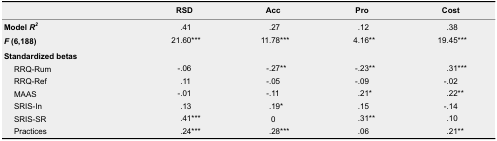
<table><thead><tr><td></td><td><b>RSD</b></td><td><b>Acc</b></td><td><b>Pro</b></td><td><b>Cost</b></td></tr></thead><tbody><tr><td><b>Model <i>R<sup>2</sup></i></b></td><td>.41</td><td>.27</td><td>.12</td><td>.38</td></tr><tr><td><b><i>F</i> (6,188)</b></td><td>21.60***</td><td>11.78***</td><td>4.16**</td><td>19.45***</td></tr><tr><td colspan="5"><b>Standardized betas</b></td></tr><tr><td>RRQ-Rum</td><td>-.06</td><td>-.27**</td><td>-.23**</td><td>.31***</td></tr><tr><td>RRQ-Ref</td><td>.11</td><td>-.05</td><td>-.09</td><td>-.02</td></tr><tr><td>MAAS</td><td>-.01</td><td>-.11</td><td>.21*</td><td>.22**</td></tr><tr><td>SRIS-In</td><td>.13</td><td>.19*</td><td>.15</td><td>-.14</td></tr><tr><td>SRIS-SR</td><td>.41***</td><td>0</td><td>.31**</td><td>.10</td></tr><tr><td>Practices</td><td>.24***</td><td>.28***</td><td>.06</td><td>.21**</td></tr></tbody></table>